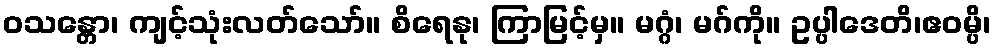
ဝသန္တော၊ ကျင့်သုံးလတ်သော်။ စိရေနု၊ ကြာမြင့်မှ။ မဂ္ဂံ၊ မဂ်ကို။ ဥပ္ပါဒေတိ၊ဧဝမ္ပိ၊